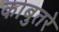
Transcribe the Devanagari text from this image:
काबुतरे